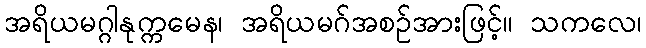
အရိယမဂ္ဂါနုက္ကမေန၊ အရိယမဂ်အစဉ်အားဖြင့်။ သကလေ၊